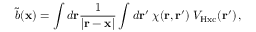
\Tilde { b } ( { \bf x } ) = \int d { \bf r } \frac { 1 } { | { \bf r } - { \bf x } | } \int d { \bf r ^ { \prime } } \; \chi ( { \bf r } , { \bf r ^ { \prime } } ) \; V _ { \mathrm { H x c } } ( { \bf r ^ { \prime } } ) \, ,